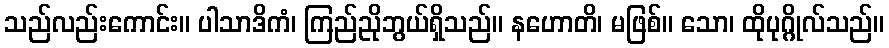
သည်လည်းကောင်း။ ပါသာဒိကံ၊ ကြည်ညိုဘွယ်ရှိသည်။ နဟောတိ၊ မဖြစ်။ သော၊ ထိုပုဂ္ဂိုလ်သည်။